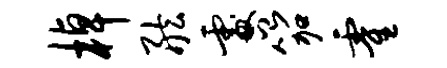
棹舷咎笳霍